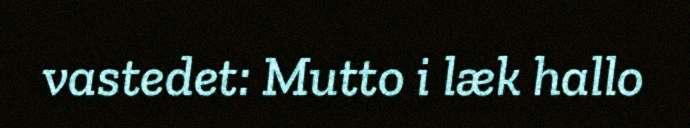
vastedet: Mutto i læk hallo